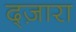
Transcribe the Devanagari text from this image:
द्ज़ारा